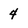
Character: 4